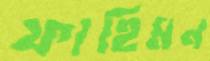
ফাহিমন